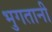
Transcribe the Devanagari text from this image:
भुगतानी